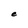
Character: e